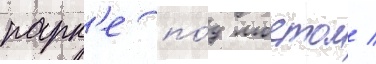
парк'е по́д мостом /